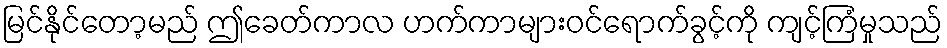
မြင်နိုင်တော့မည် ဤခေတ်ကာလ ဟက်ကာများဝင်ရောက်ခွင့်ကို ကျင့်ကြံမှုသည်